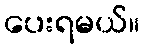
ပေးရမယ်။